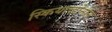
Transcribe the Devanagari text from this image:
स्कियाव्होनीने